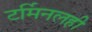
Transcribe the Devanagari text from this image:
टर्मिनलही